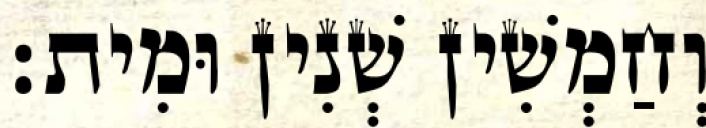
וְחַמְשִׁין שְׁנִין וּמִית׃